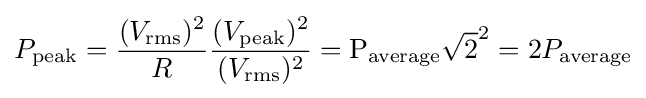
P_{\text{peak}}={\frac {(V_{\text{rms}})^{2}}{R}}{\frac {(V_{\text{peak}})^{2}}{(V_{\text{rms}})^{2}}}={\text{P}}_{\text{average}}{\sqrt {2}}^{2}={\text{2}}P_{\text{average}}